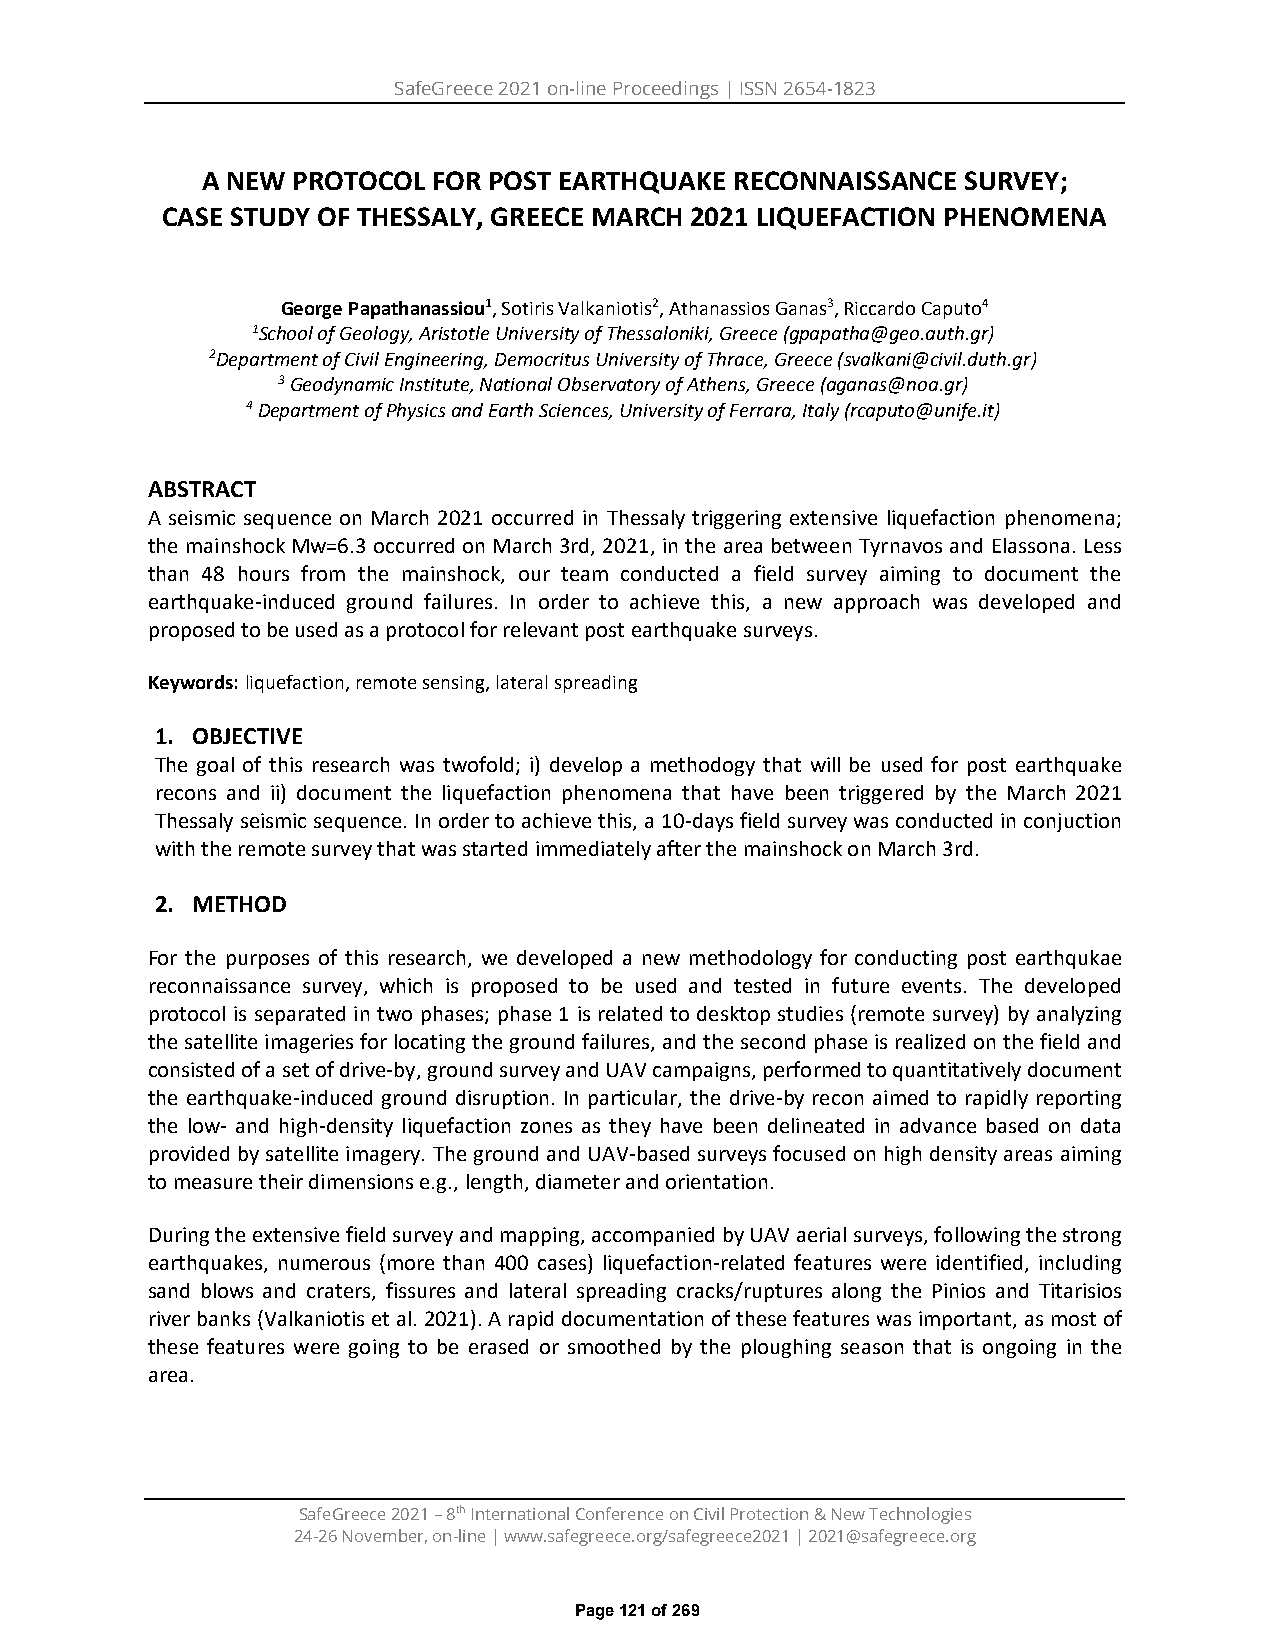
SafeGreece 2021 on-line Proceedings | ISSN 2654-1823
 A NEW PROTOCOL  FOR POST EARTHQUAKE RECONNAISSANCE SURVEY;
 CASE STUDY OF THESSALY, GREECE MARCH 2021 LIQUEFACTION PHENOMENA
 George Papathanassiou1, Sotiris Valkaniotis2, Athanassios Ganas3, Riccardo Caputo4
 1School of Geology, Aristotle University of Thessaloniki, Greece (gpapatha@geo.auth.gr)
 2Department of Civil Engineering, Democritus University of Thrace, Greece (svalkani@civil.duth.gr)
 3 Geodynamic Institute, National Observatory of Athens, Greece (aganas@noa.gr)
 4 Department of Physics and Earth Sciences, University of Ferrara, Italy (rcaputo@unife.it)
 ABSTRACT
 A seismic sequence on March 2021 occurred in Thessaly triggering extensive liquefaction phenomena;
 the mainshock Mw=6.3 occurred on March 3rd, 2021, in the area between Tyrnavos and Elassona. Less
 than 48 hours from the mainshock, our team conducted a field survey aiming to document the
 earthquake-induced ground failures. In order to achieve this, a new approach was developed and
 proposed to be used as a protocol for relevant post earthquake surveys.
 Keywords: liquefaction, remote sensing, lateral spreading
 1. OBJECTIVE
 The goal of this research was twofold; i) develop a methodogy that will be used for post earthquake
 recons and ii) document the liquefaction phenomena that have been triggered by the March 2021
 Thessaly seismic sequence. In order to achieve this, a 10-days field survey was conducted in conjuction
 with the remote survey that was started immediately after the mainshock on March 3rd.
 2. METHOD
 For the purposes of this research, we developed a new methodology for conducting post earthqukae
 reconnaissance survey, which is proposed to be used and tested in future events. The developed
 protocol is separated in two phases; phase 1 is related to desktop studies (remote survey) by analyzing
 the satellite imageries for locating the ground failures, and the second phase is realized on the field and
 consisted of a set of drive-by, ground survey and UAV campaigns, performed to quantitatively document
 the earthquake-induced ground disruption. In particular, the drive-by recon aimed to rapidly reporting
 the low- and high-density liquefaction zones as they have been delineated in advance based on data
 provided by satellite imagery. The ground and UAV-based surveys focused on high density areas aiming
 to measure their dimensions e.g., length, diameter and orientation.
 During the extensive field survey and mapping, accompanied by UAV aerial surveys, following the strong
 earthquakes, numerous (more than 400 cases) liquefaction-related features were identified, including
 sand blows and craters, fissures and lateral spreading cracks/ruptures along the Pinios and Titarisios
 river banks (Valkaniotis et al. 2021). A rapid documentation of these features was important, as most of
 these features were going to be erased or smoothed by the ploughing season that is ongoing in the
 area.
 SafeGreece 2021 – 8th International Conference on Civil Protection & New Technologies
 24-26 November, on-line | www.safegreece.org/safegreece2021 | 2021@safegreece.org
 Page 121 of 269